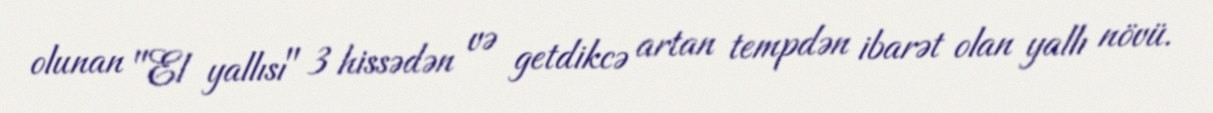
olunan "El yallısı" 3 hissədən və getdikcə artan tempdən ibarət olan yallı növü.